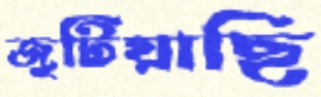
জুটিয়াছি